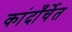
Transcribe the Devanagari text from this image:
कांदाँर्चेत